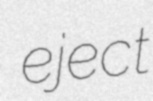
eject